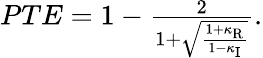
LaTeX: \begin{array}{r}{PTE=1-\frac{2}{1+\sqrt{\frac{1+\kappa_{\mathrm{R}}}{1-\kappa_{\mathrm{I}}}}}.}\end{array}